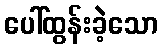
ပေါ်ထွန်းခဲ့သော